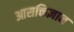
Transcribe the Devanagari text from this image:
आसक्तिज्ञान